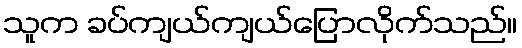
သူက ခပ်ကျယ်ကျယ်ပြောလိုက်သည်။